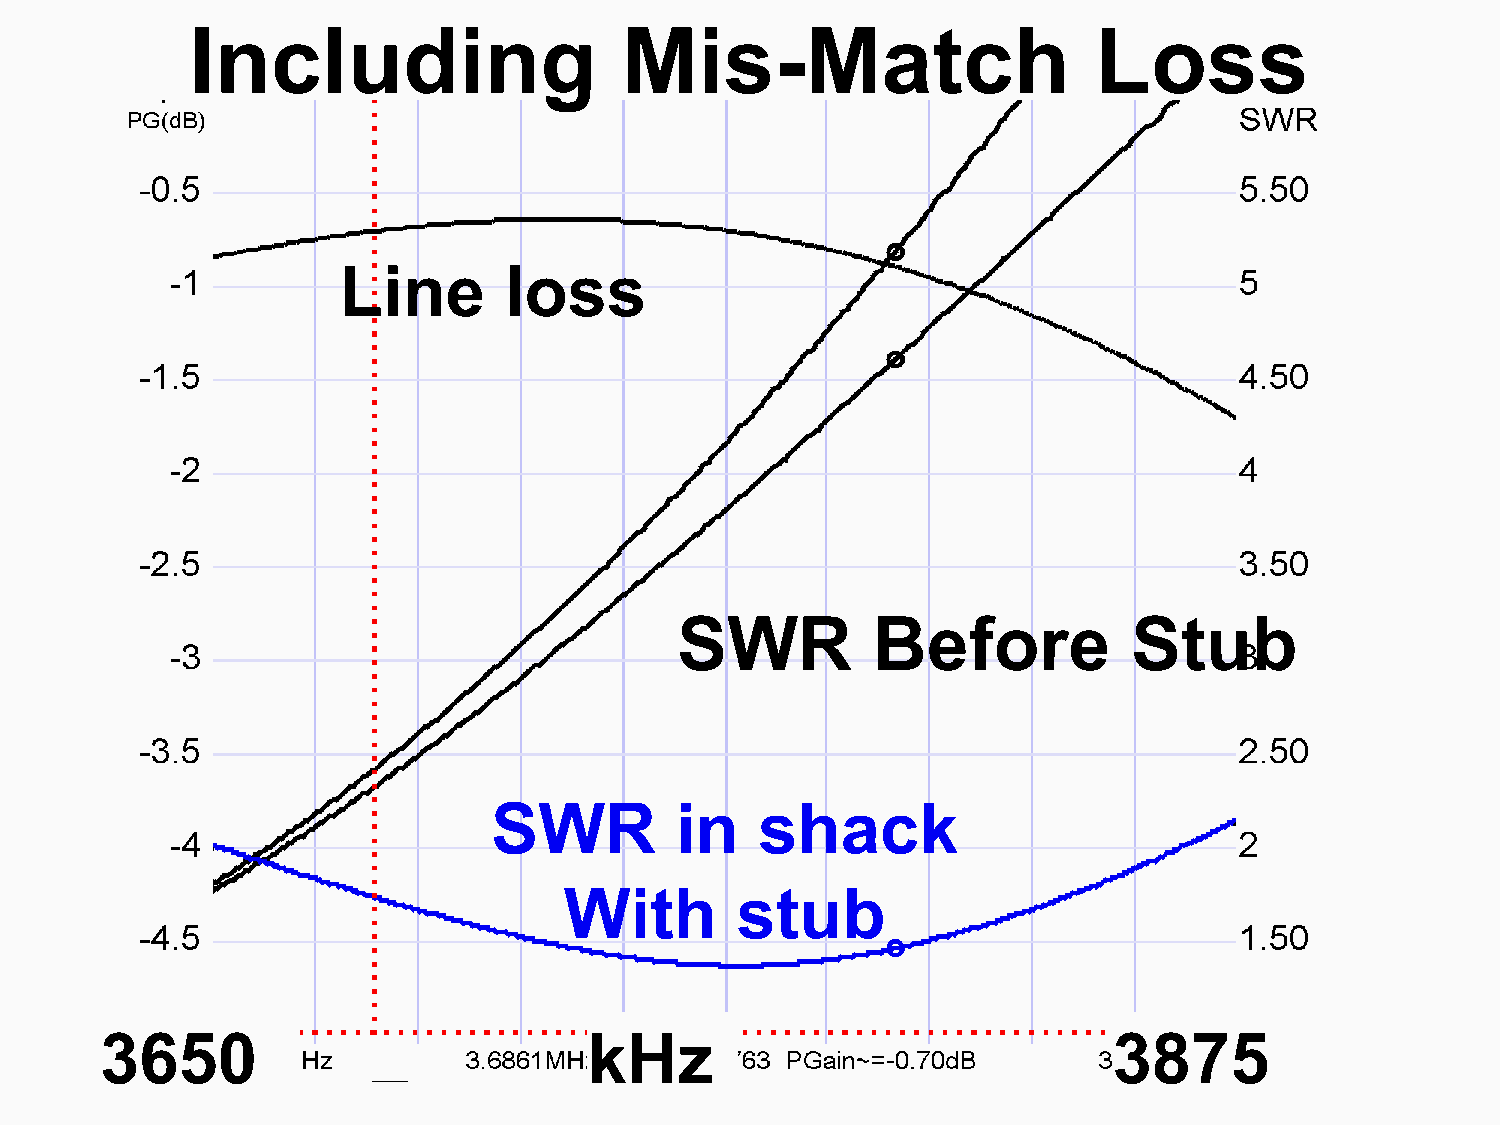
Including                   Mis-Match                       Loss
 Line       loss
 SWR          Before           Stub
 SWR          Before           Stub
 SSWWRR      i nin s shhaacckk
 WWitihth   s  stutubb
 3650                            kHz                                3875